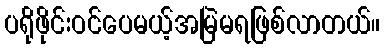
ပရိုဖိုင်းဝင်ပေမယ့်အမြဲမရဖြစ်လာတယ်။